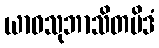
ယာဝသုဘာသိတမိဒံ